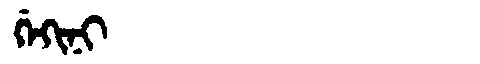
Manchu: ᡤᡝᡴᡳᠨᡳ
Romanization: GEKINI